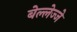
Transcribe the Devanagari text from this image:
बेल्लेज्जे